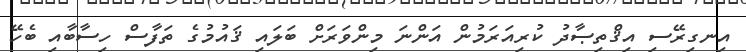
އިނގިރޭސި އިޤްތިޞާދު ކުރިއަރަމުން އަންނަ މިންވަރަށް ބަލައި ޤައުމުގެ ތަފާސް ހިސާބާއި ބެހޭ